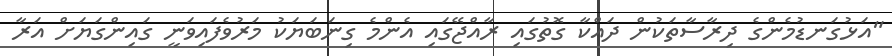
"އަޅުގަނޑުމެންގެ ދިރާސާތަކުން ދައްކާ ގޮތުގައި ރާއްޖޭގައި އެންމެ ގިނަބަޔަކު މަރުވެފައިވަނީ ގައިންގަޔަށް އަރާ